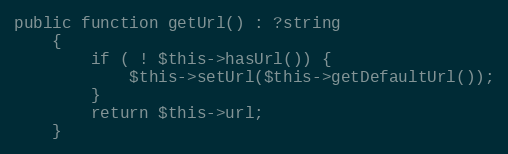
Language: PHP
public function getUrl() : ?string
    {
        if ( ! $this->hasUrl()) {
            $this->setUrl($this->getDefaultUrl());
        }
        return $this->url;
    }